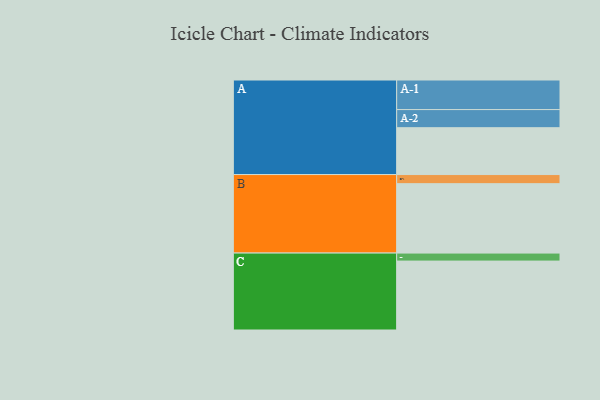
{"axis": {"x": "Segment", "y": "Value"}, "legend": ["", "A", "B", "C"], "data": [{"x": "A", "y": 380, "type": ""}, {"x": "B", "y": 563, "type": ""}, {"x": "C", "y": 559, "type": ""}, {"x": "A-1", "y": 240, "type": "A"}, {"x": "A-2", "y": 147, "type": "A"}, {"x": "B-1", "y": 74, "type": "B"}, {"x": "C-1", "y": 65, "type": "C"}]}